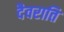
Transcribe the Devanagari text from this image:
दैवराति